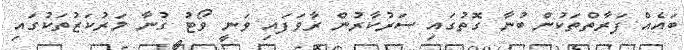
ބައެއް ފަރާތްތަކުން ބުނާ ގޮތުގައި ސަރުކާރުން ރާވަފައި ވަނީ ވޯޓު ގުނާ މަރުކަޒުތަކުގައި